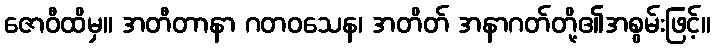
ဇောဝီထိမှ။ အတီတာနာ ဂတဝသေန၊ အတိတ် အနာဂတ်တို့၏အစွမ်းဖြင့်။